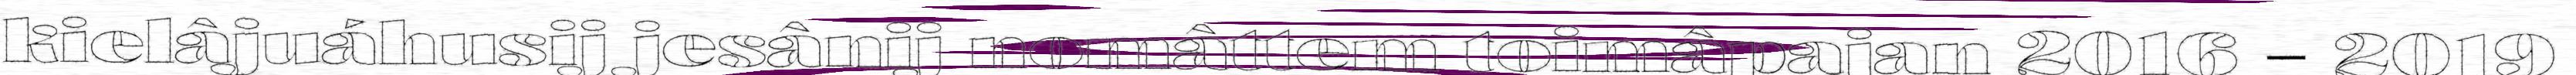
kielâjuáhusij jesânij nomâttem toimâpajan 2016 – 2019